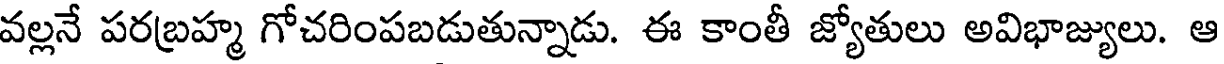
వల్లనే పరబ్రహ్మ గోచరింపబడుతున్నాడు. ఈ కాంతీ జ్యోతులు అవిభాజ్యులు. ఆ